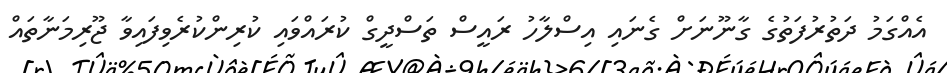
އެއްގަމު ދަތުރުފަތުގެ ގާނޫނަށް ގެނައި އިސްލާހު ރައީސް ތަސްދީގް ކުރައްވައި ކުރިންކުރެވިފައިވާ ޖޫރިމަނާތައް